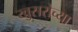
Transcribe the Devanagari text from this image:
खुसरोच्या